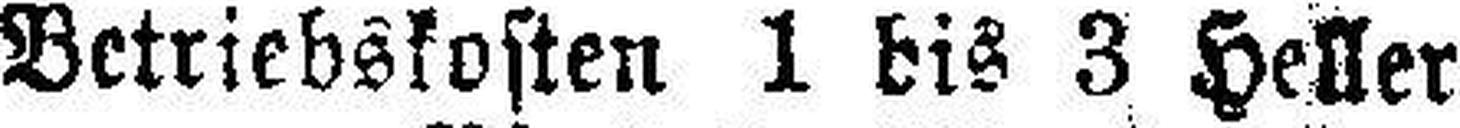
Betriebskosten 1 bis 3 Heller